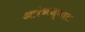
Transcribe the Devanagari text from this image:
आरंभण्यात